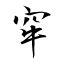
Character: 窂